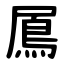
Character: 䲩